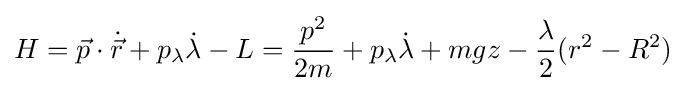
H={\vec {p}}\cdot {\dot {\vec {r}}}+p_{\lambda }{\dot {\lambda }}-L={\frac {p^{2}}{2m}}+p_{\lambda }{\dot {\lambda }}+mgz-{\frac {\lambda }{2}}(r^{2}-R^{2})